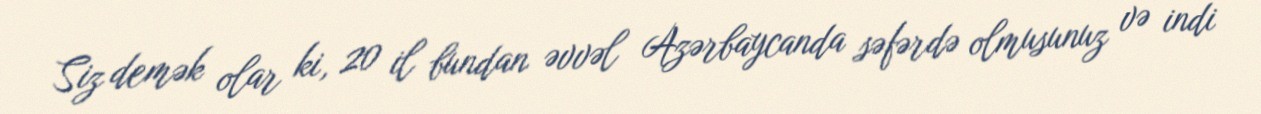
Siz demək olar ki, 20 il bundan əvvəl Azərbaycanda səfərdə olmusunuz və indi